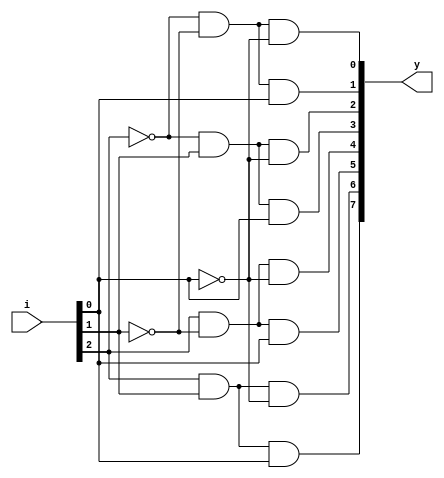
`timescale 1ns / 1ps

module Decoder_3x8(
    output [7:0] y,
    input [2:0] i
    );

	 wire w1,w2,w3;
        assign w1= ~i[2];
        assign w2= ~i[1];
        assign w3= ~i[0];
        assign y[0]= w1&w2&w3;
        assign y[1]= w1&w2&i[0];
        assign y[2]= w1&i[1]&w3;
        assign y[3]= w1&i[1]&i[0];
        assign y[4]= i[2]&w2&w3;
        assign y[5]= i[2]&w2&i[0];
        assign y[6]= i[2]&i[1]&w3;
        assign y[7]= i[2]&i[1]&i[0];
endmodule